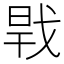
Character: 𢧀